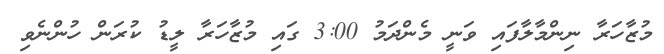
މުޒާހަރާ ނިންމާލާފައި ވަނީ މެންދަމު 3:00 ގައި މުޒާހަރާ ލީޑު ކުރަން ހުންނެވި